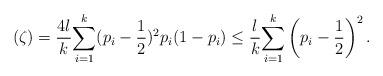
LaTeX: \begin{align*}(\zeta) = \frac{4l}{k} \underset{i=1}{\overset{k}{\sum}} (p_i - \frac{1}{2})^2 p_i(1-p_i) \leq \frac{l}{k} \underset{i=1}{\overset{k}{\sum}} \left(p_i - \frac{1}{2}\right)^2.\end{align*}